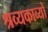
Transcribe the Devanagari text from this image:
श्रव्यकाव्यों